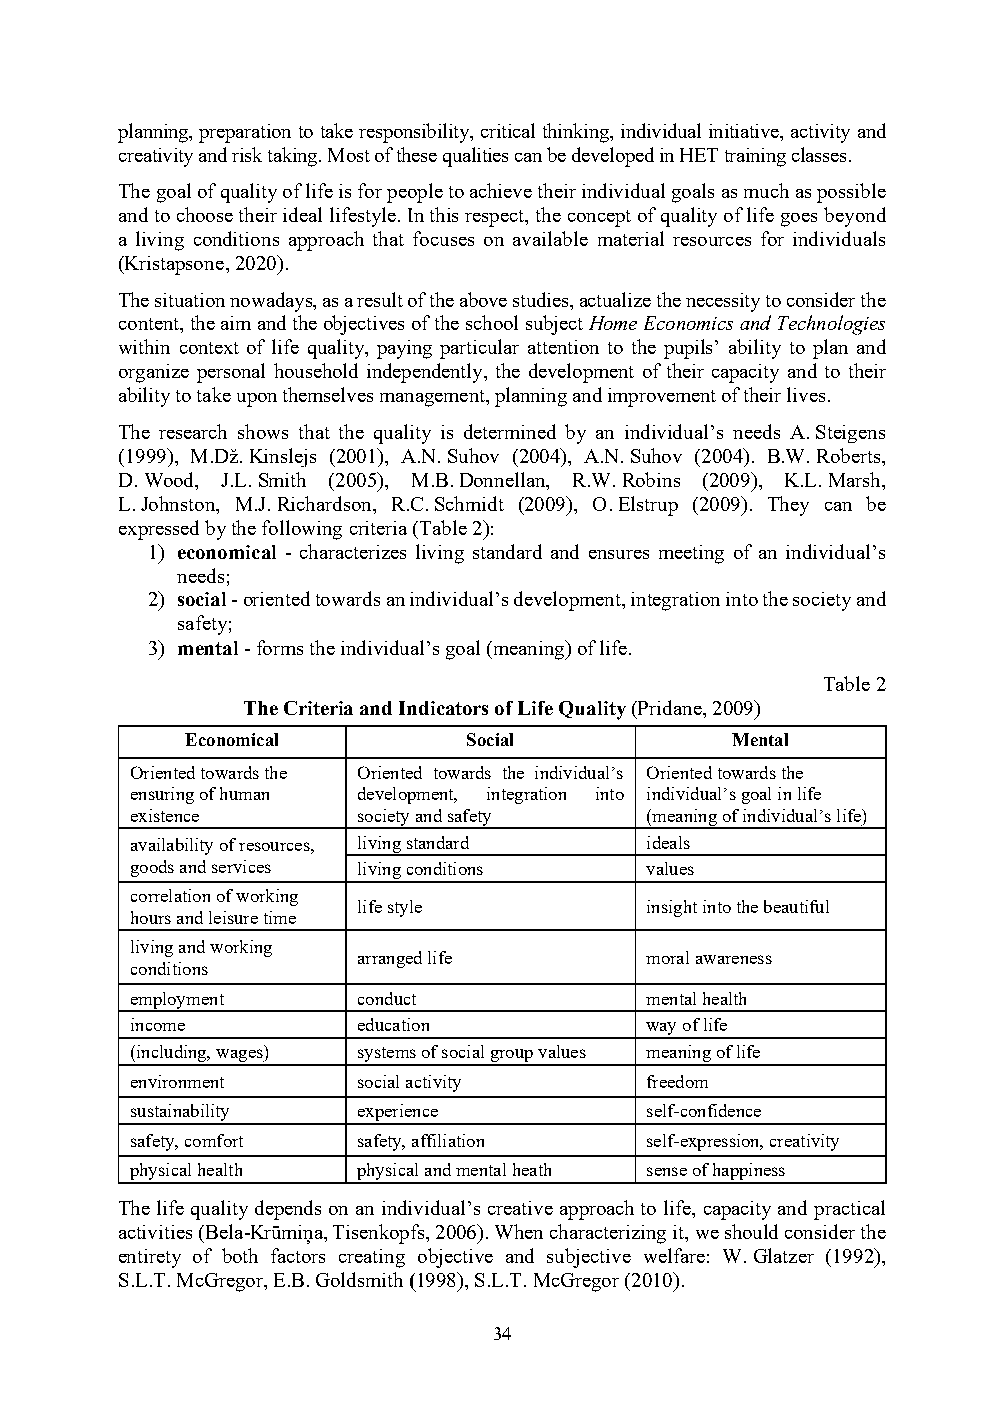
planning, preparation to take responsibility, critical thinking, individual initiative, activity and
 creativity and risk taking. Most of these qualities can be developed in HET training classes.
 The goal of quality of life is for people to achieve their individual goals as much as possible
 and to choose their ideal lifestyle. In this respect, the concept of quality of life goes beyond
 a living conditions approach that focuses on available material resources for individuals
 (Kristapsone, 2020).
 The situation nowadays, as a result of the above studies, actualize the necessity to consider the
 content, the aim and the objectives of the school subject Home Economics and Technologies
 within context of life quality, paying particular attention to the pupils’ ability to plan and
 organize personal household independently, the development of their capacity and to their
 ability to take upon themselves management, planning and improvement of their lives.
 The research shows that the quality is determined by an individual’s needs A. Steigens
 (1999), M.Dž. Kinslejs (2001), A.N. Suhov (2004), A.N. Suhov (2004). B.W. Roberts,
 D. Wood, J.L. Smith (2005), M.B. Donnellan, R.W. Robins (2009), K.L. Marsh,
 L. Johnston, M.J. Richardson, R.C. Schmidt (2009), O. Elstrup (2009). They can be
 expressed by the following criteria (Table 2):
 1) economical - characterizes living standard and ensures meeting of an individual’s
 needs;
 2) social - oriented towards an individual’s development, integration into the society and
 safety;
 3) mental - forms the individual’s goal (meaning) of life.
 Table 2
 The Criteria and Indicators of Life Quality (Pridane, 2009)
 Economical         Social           Mental
 Oriented towards the Oriented towards the individual’s Oriented towards the
 ensuring of human development, integration into individual’s goal in life
 existence      society and safety (meaning of individual’s life)
 availability of resources, living standard ideals
 goods and services living conditions values
 correlation of working
 life style         insight into the beautiful
 hours and leisure time
 living and working
 arranged life      moral awareness
 conditions
 employment     conduct            mental health
 income         education          way of life
 (including, wages) systems of social group values meaning of life
 environment    social activity    freedom
 sustainability experience         self-confidence
 safety, comfort safety, affiliation self-expression, creativity
 physical health physical and mental heath sense of happiness
 The life quality depends on an individual’s creative approach to life, capacity and practical
 activities (Bela-Krūmiņa, Tisenkopfs, 2006). When characterizing it, we should consider the
 entirety of both factors creating objective and subjective welfare: W. Glatzer (1992),
 S.L.T. McGregor, E.B. Goldsmith (1998), S.L.T. McGregor (2010).
 34